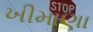
ખીમાણા